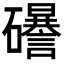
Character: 𥗟